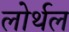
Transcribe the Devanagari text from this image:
लोर्थल